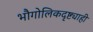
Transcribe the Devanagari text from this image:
भौगोलिकदृष्ट्याही